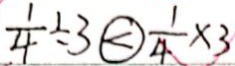
\frac { 1 } { 4 } \div 3 \textcircled { < } \frac { 1 } { 4 } \times 3